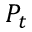
P _ { t }